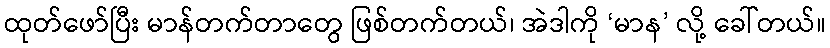
ထုတ်ဖော်ပြီး မာန်တက်တာတွေ ဖြစ်တက်တယ်၊ အဲဒါကို ‘မာန’ လို့ ခေါ်တယ်။